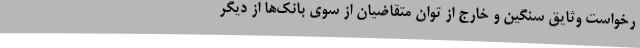
رخواست وثایق سنگین و خارج از توان متقاضیان از سوی بانک‌ها از دیگر